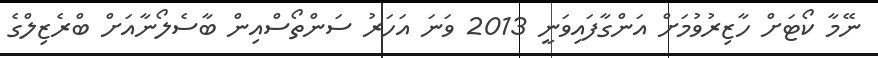
ނޭމާ ކޯޓަށް ހާޒިރުވުމަށް އަންގާފައިވަނީ 2013 ވަނަ އަހަރު ސަންތޯސްއިން ބާސެލޯނާއަށް ބްރެޒިލްގެ